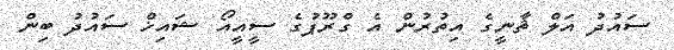
ސައުދު އަލް ޘާނީގެ އިތުރުން އެ ގްރޫޕުގެ ސީއީއޯ ޝައިޚް ސައުދު ބިން